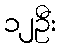
၁၂ဦး